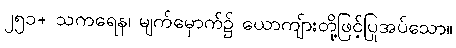
၂၅၁+ သကရေန၊ မျက်မှောက်၌ ယောကျ်ားတို့ဖြင့်ပြုအပ်သော။